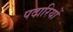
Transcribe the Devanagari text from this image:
पदारियों